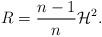
LaTeX: \begin{align*}R=\frac{n-1}{n}\mathcal{H}^2.\end{align*}